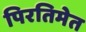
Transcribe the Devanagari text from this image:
पिरतिमेत